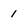
Character: 1